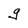
Character: g